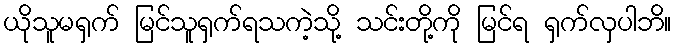
ယိုသူမရှက် မြင်သူရှက်ရသကဲ့သို့ သင်းတို့ကို မြင်ရ ရှက်လှပါဘိ။